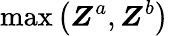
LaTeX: \operatorname*{max}{\left(\boldsymbol{Z}^{a},\boldsymbol{Z}^{b}\right)}